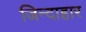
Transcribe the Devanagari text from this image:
जिन्दाहार